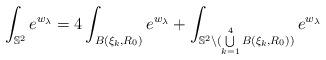
LaTeX: \begin{align*}\int_{\mathbb{S}^2}e^{w_{\lambda}}=4\int_{B(\xi_k,R_0)}e^{w_{\lambda}}+\int_{\mathbb{S}^2\setminus(\bigcup\limits_{k=1}^4 B(\xi_k,R_0))}e^{w_{\lambda}}\end{align*}